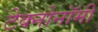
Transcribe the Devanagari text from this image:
टेक्नोनॉमी